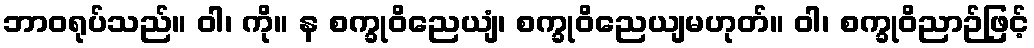
ဘာဝရုပ်သည်။ ဝါ၊ ကို။ န စက္ခုဝိညေယျံ၊ စက္ခုဝိညေယျမဟုတ်။ ဝါ၊ စက္ခုဝိညာဉ်ဖြင့်